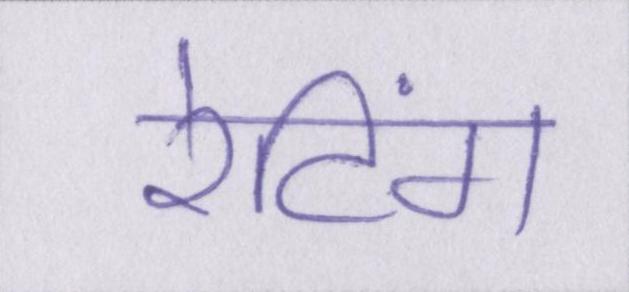
रेटिंग